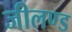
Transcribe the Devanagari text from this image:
जीलण्ड